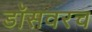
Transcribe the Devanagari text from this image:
डॉसवरच